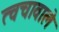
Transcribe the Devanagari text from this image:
त्वचावाले